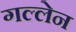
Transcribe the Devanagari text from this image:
गल्लेन